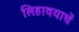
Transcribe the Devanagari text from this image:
लिहावयाचें